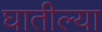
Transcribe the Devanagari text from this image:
घातील्या